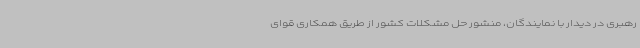
رهبری در دیدار با نمایندگان، منشور حل مشکلات کشور از طریق همکاری قوای